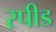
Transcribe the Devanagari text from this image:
रपीड